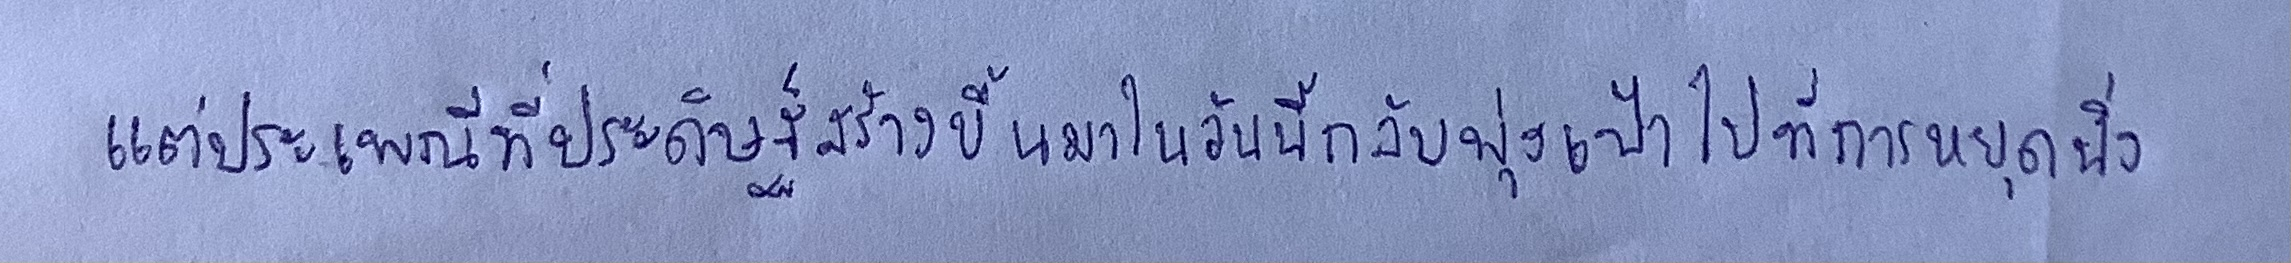
แต่ประเพณีที่ประดิษฐ์สร้างขึ้นมาในวันนี้กลับพุ่งเป้าไปที่การหยุดนิ่ง